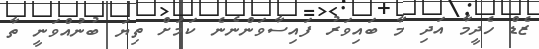
ޒެޑް ހެދީމާ އަދި މާ ބައިވަރު ފައިސާވަންނެނެ ކަމަށް ތިޔަ ބުނުއްވަނީ ތާ